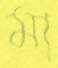
মা